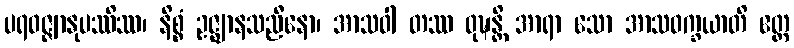
ပရဝဇ္ဇျာနုပဿိဿ၊ နိစ္စံ ဥဇ္ဈာနသညီနော၊ အာသဝါ တဿ ဝုဍ္ဎန္တိ အာရာ သော အာသဝက္ခယာတိ ဧတ္ထ